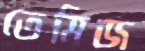
তেমিজ